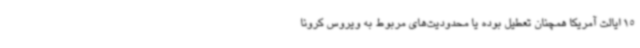
15 ایالت آمریکا همچنان تعطیل بوده یا محدودیت‌های مربوط به ویروس کرونا